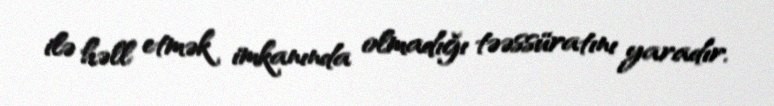
ilə həll etmək imkanında olmadığı təəssüratını yaradır.